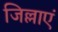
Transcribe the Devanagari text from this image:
जिल्लाएं